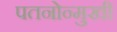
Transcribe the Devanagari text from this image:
पतनोन्मुखी